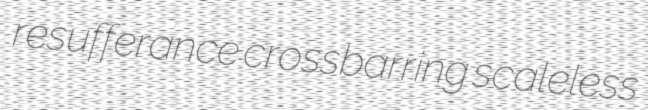
resufferance crossbarring scaleless